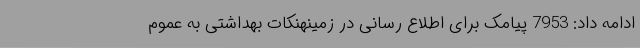
ادامه داد: 7953 پیامک برای اطلاع رسانی در زمینهنکات بهداشتی به عموم